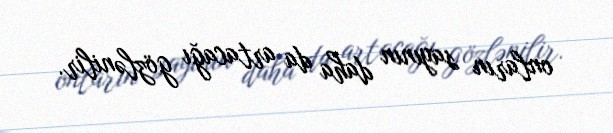
onların sayının daha da artacağı gözlənilir.